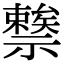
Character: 𥜖